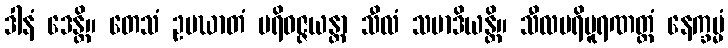
ဒါနံ ဒေန္တိ။ တေသံ ဥပဃာတံ ပရိဝဇ္ဇယန္တာ သီလံ သမာဒိယန္တိ။ သီလပရိပူရဏတ္ထံ နေက္ခမ္မံ